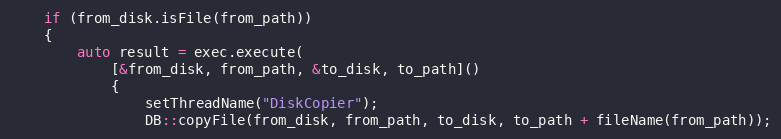
Language: C++
    if (from_disk.isFile(from_path))
    {
        auto result = exec.execute(
            [&from_disk, from_path, &to_disk, to_path]()
            {
                setThreadName("DiskCopier");
                DB::copyFile(from_disk, from_path, to_disk, to_path + fileName(from_path));